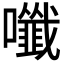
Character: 𡄑